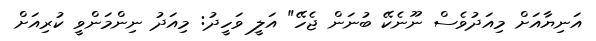
އަނިޔާއަށް މިއަދުވެސް ނޫނެކޭ ބުނަން ޖެހޭ" އަލީ ވަހީދު: މިއަދު ނިންމަންވީ ކުރިއަށް